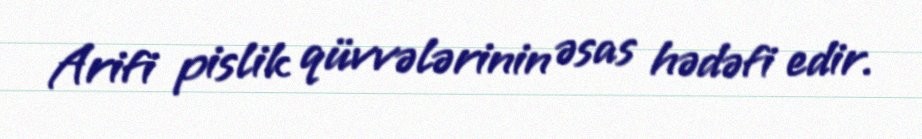
Arifi pislik qüvvələrinin əsas hədəfi edir.